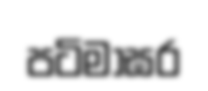
පටිමාඝර